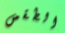
الطقس